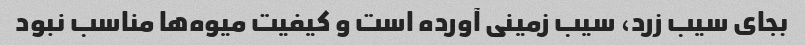
بجای سیب زرد، سیب زمینی آورده است و کیفیت میوه‌ها مناسب نبود